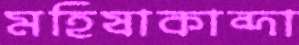
মহিষাকান্দা